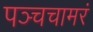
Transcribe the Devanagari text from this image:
पञ्चचामरं